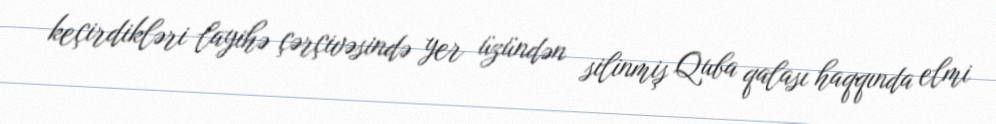
keçirdikləri layihə çərçivəsində yer üzündən silinmiş Quba qalası haqqında elmi